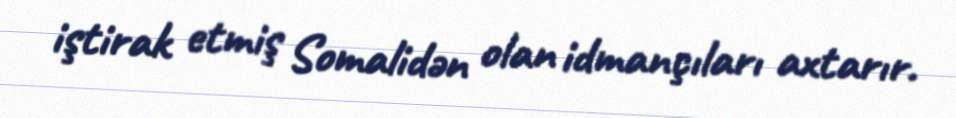
iştirak etmiş Somalidən olan idmançıları axtarır.